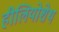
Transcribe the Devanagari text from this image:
हीलियोशेथ